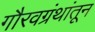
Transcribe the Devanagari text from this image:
गौरवग्रंथांतून